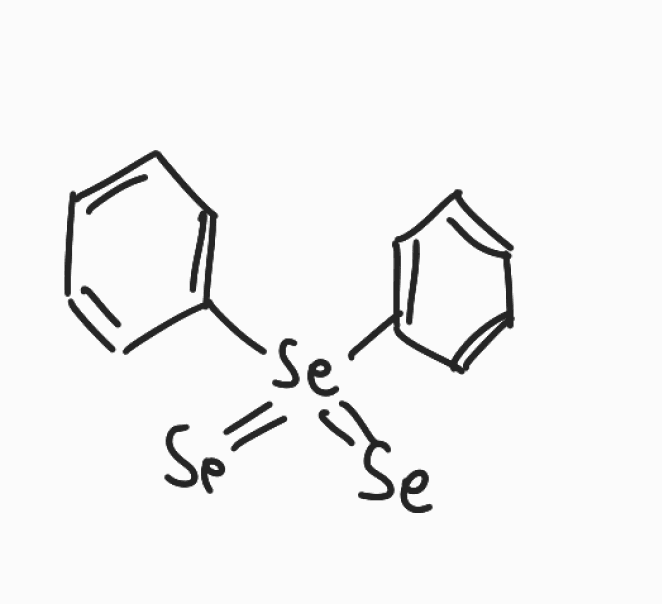
Simplified molecular-input line-entry system (SMILES) notation of the given molecule:
C1=CC=C(C=C1)[Se](=[Se])(=[Se])C2=CC=CC=C2